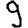
Digit: 9